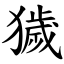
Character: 獩